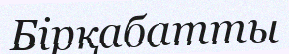
Бірқабатты